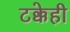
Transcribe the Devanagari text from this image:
टक्केही